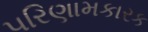
પરિણામકારક